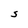
Character: S